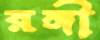
রঙ্গী